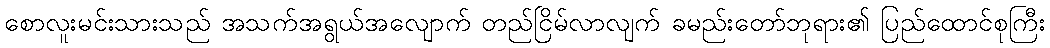
စောလူးမင်းသားသည် အသက်အရွယ်အလျောက် တည်ငြိမ်လာလျက် ခမည်းတော်ဘုရား၏ ပြည်ထောင်စုကြီး